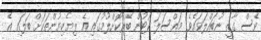
ވެސް ގާޒީ ނުބައްލަވައެވެ. މައްސަލަ ކޯޓުން ބޭރުކޮށްލުމުގައި އެ ލިޔެކިޔުންތަކަށް ބަލައި އެ